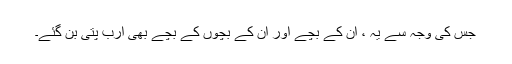
جس کی وجہ سے یہ ، ان کے بچے اور ان کے بچوں کے بچے بھی ارب پتی بن گئے۔